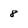
Character: 8